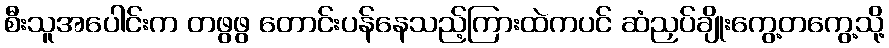
စီးသူအပေါင်းက တဖွဖွ တောင်းပန်နေသည့်ကြားထဲကပင် ဆံညှပ်ချိုးကွေ့တကွေ့သို့